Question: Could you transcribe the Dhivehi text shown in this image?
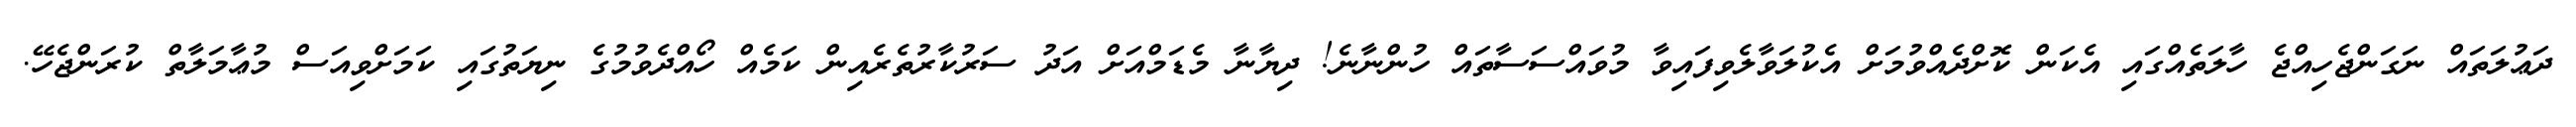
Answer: ދަޢުލަތައް ނަގަންޖެހިއްޖެ ހާލަތެއްގައި އެކަން ކޮށްދެއްވުމަށް އެކުލަވާލެވިފައިވާ މުވައްސަސާތައް ހުންނާނެ! ދިޔާނާ މެޑަމްއަށް އަދު ސަރުކާރުތެރެއިން ކަމެއް ހޯއްދެވުމުގެ ނިޔަތުގައި ކަމަށްވިއަސް މުޢާމަލާތް ކުރަންޖެހޭ.